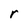
Character: r